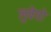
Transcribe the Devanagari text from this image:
लुवेगो